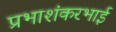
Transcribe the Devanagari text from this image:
प्रभाशंकरभाई